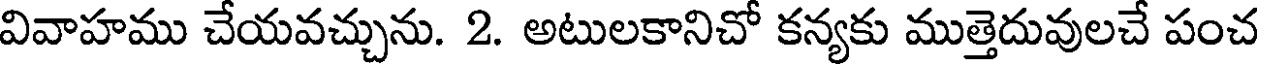
వివాహము చేయవచ్చును. 2. అటులకానిచో కన్యకు ముత్తెదువులచే పంచ